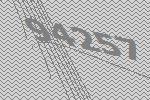
94257